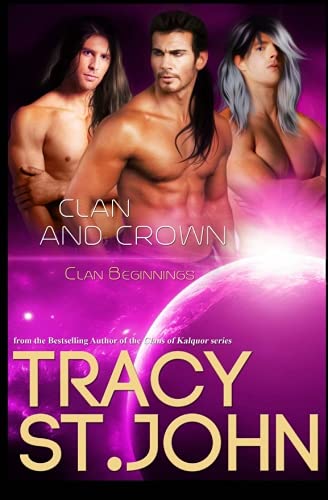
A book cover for Clan and Crown (Clan Beginnings) (Volume 4); Tracy St. John; Romance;